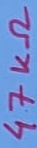
Text: 47KΩ